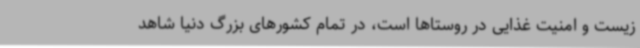
زیست و امنیت غذایی در روستاها است، در تمام کشورهای بزرگ دنیا شاهد